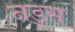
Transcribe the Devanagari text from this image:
नड़्स